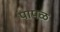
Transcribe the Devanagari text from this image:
पापळ